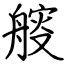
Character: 䑹